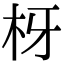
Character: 枒